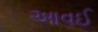
આવઈ